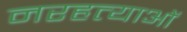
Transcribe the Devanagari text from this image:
नरहत्याओं